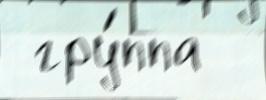
 гру́ппа